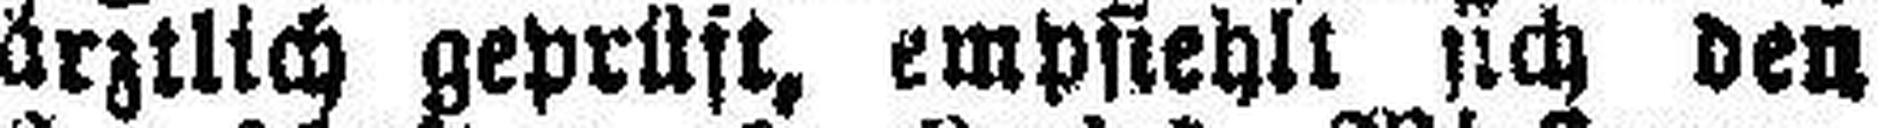
ärztlich geprüft, empfiehlt sich den